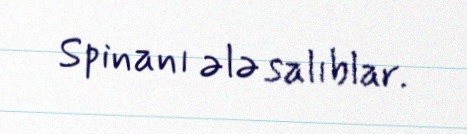
Spinanı ələ salıblar.